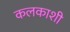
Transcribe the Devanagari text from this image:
कलकाशी